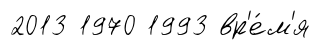
2013 1970 1993 вр'е́м'я